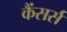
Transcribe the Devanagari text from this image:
कैंसर्स